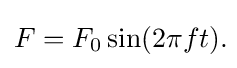
F=F_{0}\sin(2\pi ft).\!